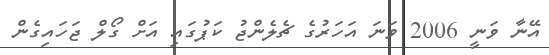
އޭނާ ވަނީ 2006 ވަނަ އަހަރުގެ ޗެލެންޖު ކަޕުގައި އަށް ގޯލް ޖަހައިގެން